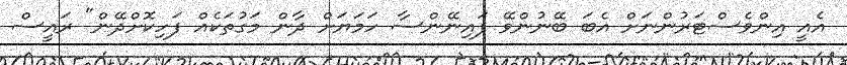
އެއީ އިންވެސްޓަރުންނަށް އެބަ ބޭނުންވޭ ފައިނޭންސާ ހަމަޔަށް ދާން މަގުތަކެއް ފަހިކޮށްދޭން" ރައީސް